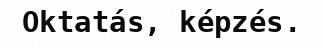
Oktatás, képzés.